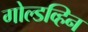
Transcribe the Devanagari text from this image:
गोल्डव्हिन